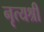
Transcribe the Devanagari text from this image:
नृत्यश्री